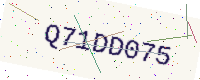
Text: Q71DD075